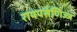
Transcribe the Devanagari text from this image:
रायपसेणिज्जं